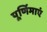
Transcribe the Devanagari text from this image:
पूर्णिमाएं